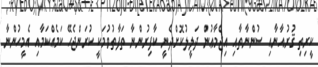
ކީރިތި ޤުރުއާނާއި ސުންނާތާއި އިޖްމާޢުން ދަލީލުކޮށްދެނީ ކާފިރުންނާ ތަފާތުވުމަކީ ކުރަންޖެހޭ ކަމެއްކަމާއި އެމީހުންނާ